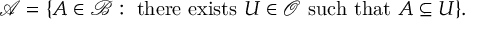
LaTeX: { \mathcal { A } } = \{ A \in { \mathcal { B } } : { \mathrm { ~ t h e r e ~ e x i s t s ~ } } U \in { \mathcal { O } } { \mathrm { ~ s u c h ~ t h a t ~ } } A \subseteq U \} .